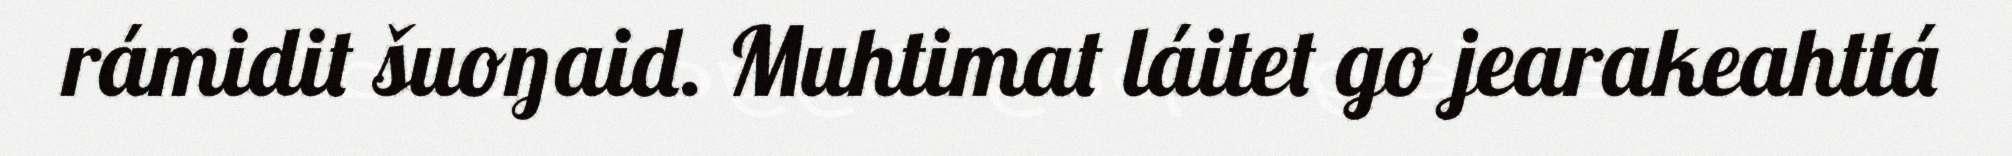
rámidit šuoŋaid. Muhtimat láitet go jearakeahttá